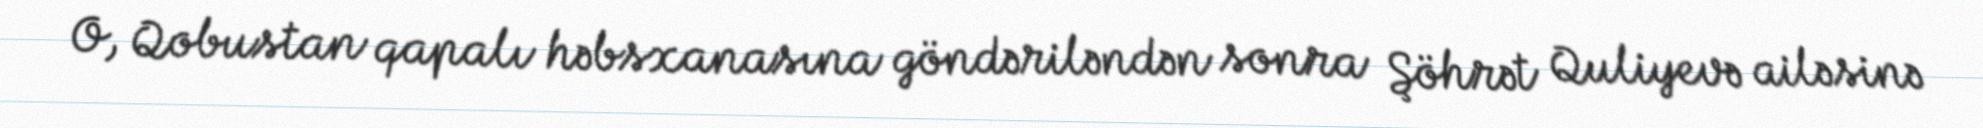
O, Qobustan qapalı həbsxanasına göndəriləndən sonra Şöhrət Quliyevə ailəsinə